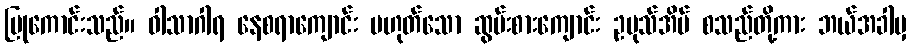
ပြုကောင်းသည်။ ဝါသာဂါရ နေစရာကျောင်း မဟုတ်သော ဆွမ်းစားကျောင်း ဥပုသ်အိမ် စသည်တို့ကား ဘယ်အခါမှ